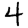
Digit: 4